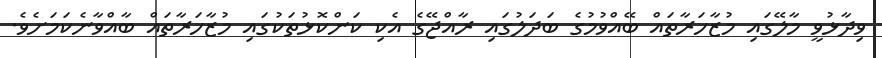
ވިދާޅުވީ މާލޭގައި މުޒާހަރާތައް ބޭއްވުމުގެ ބަދަލުގައި ރާއްޖޭގެ އެކި ކަންކޮޅުތަކުގައި މުޒާހަރާތައް ބާއްވާނެކަމަށެވެ.